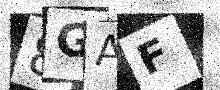
Text: 8GAF